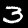
Digit: 3